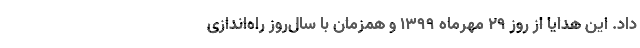
داد. این هدایا از روز ۲۹ مهرماه ۱۳۹۹ و همزمان با سال‌روز راه‌اندازی